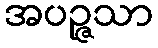
အပဉ္ဇသာ